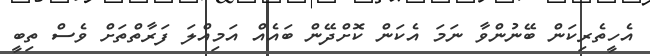
އެހީތެރިކަން ބޭނުންވާ ނަމަ އެކަން ކޮށްދޭން ބައެއް އަމިއްލަ ފަރާތްތަށް ވެސް ތިބީ